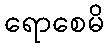
ရောစေမိ